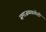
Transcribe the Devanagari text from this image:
समाजव्यवस्थेशी